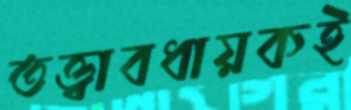
তত্ত্বাবধায়কই